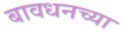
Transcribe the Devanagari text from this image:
बावधनच्या